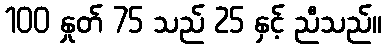
100 နှုတ် 75 သည် 25 နှင့် ညီသည်။